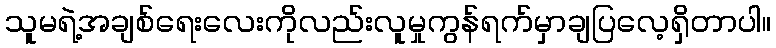
သူမရဲ့အချစ်ရေးလေးကိုလည်းလူမှုကွန်ရက်မှာချပြလေ့ရှိတာပါ။